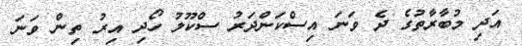
އަދި މުބާރާތުގެ ދެ ވަނަ އިސްކަންދަރު ސްކޫލު ހޯދި އިރު ތިން ވަނަ